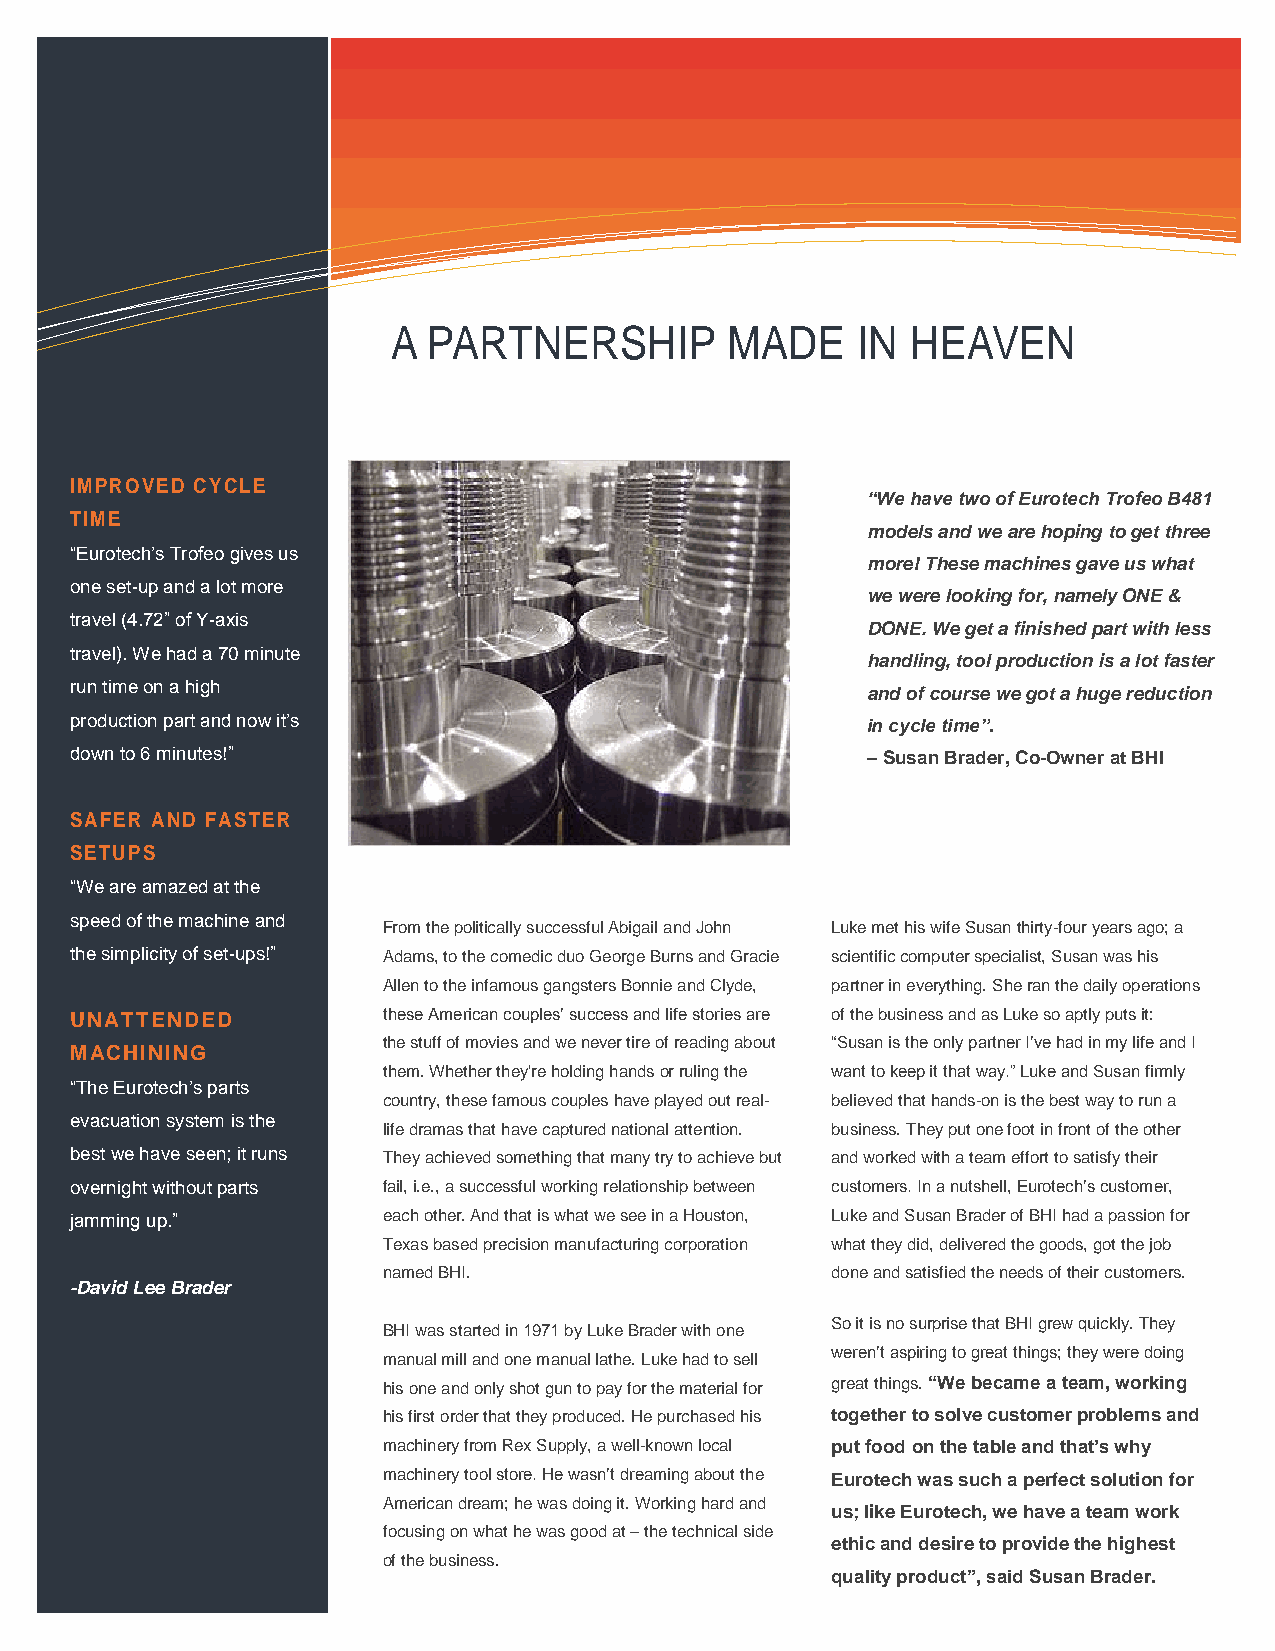
Information     Technology     Solutions
 A PARTNERS       HIP  MADE     IN HEAVEN
 IMPROVED CYCLE
 “We have two of Eurotech Trofeo B481
 TIME
 models and we are hoping to get three
 “Eurotech’s Trofeo gives us
 more! These machines gave us what
 one set-up and a lot more
 we were looking for, namely ONE &
 travel (4.72” of Y-axis
 DONE. We get a finished part with less
 travel). We had a 70 minute
 handling, tool production is a lot faster
 run time on a high                                  and of course we got a huge reduction
 production part and now it’s                        in cycle time”.
 down to 6 minutes!”                                 – Susan Brader, Co-Owner at BHI
 SAFER AND FASTER
 SETUPS
 “We are amazed at the
 speed of the machine and
 From the politically successful Abigail and John Luke met his wife Susan thirty-four years ago; a
 the simplicity of set-ups!” Adams, to the comedic duo George Burns and Gracie scientific computer specialist, Susan was his
 Allen to the infamous gangsters Bo nnie and Clyde, partner in everything. She ran the daily operations
 UNATTENDED          these American couples’ success and life stories are of the business and as Luke so aptly puts it:
 the stuff of movies and we never tire of reading about “Susan is the only partner I’ve had in my life and I
 MACHINING
 them. Whether they're holding hands or ruling the want to keep it that way.” Luke and Susan firmly
 “The Eurotech’s parts
 country, these famous couples hav e played out real- believed that hands-on is the best way to run a
 evacuation system is the
 life dramas that have captured nati onal attention. business. They put one foot in front of the other
 best we have seen; it runs They achieved something that man y try to achieve but and worked with a team effort to satisfy their
 overnight without parts fail, i.e., a successful working relationship between customers. In a nutshell, Eurotech’s customer,
 jamming up.”        each other. And that is what we see in a Houston, Luke and Susan Brader of BHI had a passion for
 Texas based precision manufacturi ng corporation what they did, delivered the goods, got the job
 named BHI.                    done and satisfied the needs of their customers.
 -David Lee Brader
 So it is no surprise that BHI grew quickly. They
 BHI was started in 1971 by Luke Brader with one
 manual mill and one manual lathe. Luke had to sell
 weren’t aspiring to great things; they were doing
 his one and only shot gun to pay fo r the material for great things. “We became a team, working
 his first order that they produced. H e purchased his together to solve customer problems and
 machinery from Rex Supply, a well-known local put food on the table and that’s why
 machinery tool store. He wasn’t dreaming about the Eurotech was such a perfect solution for
 American dream; he was doing it. Working hard and
 us; like Eurotech, we have a team work
 focusing on what he was good at – the technical side
 ethic and desire to provide the highest
 of the business.
 quality product”, said Susan Brader.